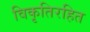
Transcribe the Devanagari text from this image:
विकृतिरहित